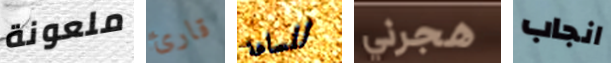
ملعونة قارئ للساعة هجرني انجاب